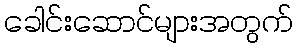
ခေါင်းဆောင်များအတွက်